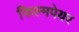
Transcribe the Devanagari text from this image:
फिल्मपेयर